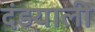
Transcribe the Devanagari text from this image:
दंडयाली